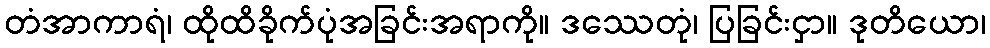
တံအာကာရံ၊ ထိုထိခိုက်ပုံအခြင်းအရာကို။ ဒဿေတုံ၊ ပြခြင်းငှာ။ ဒုတိယော၊